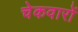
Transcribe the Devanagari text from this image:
चेकवारों